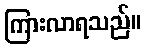
ကြားလာရသည်။